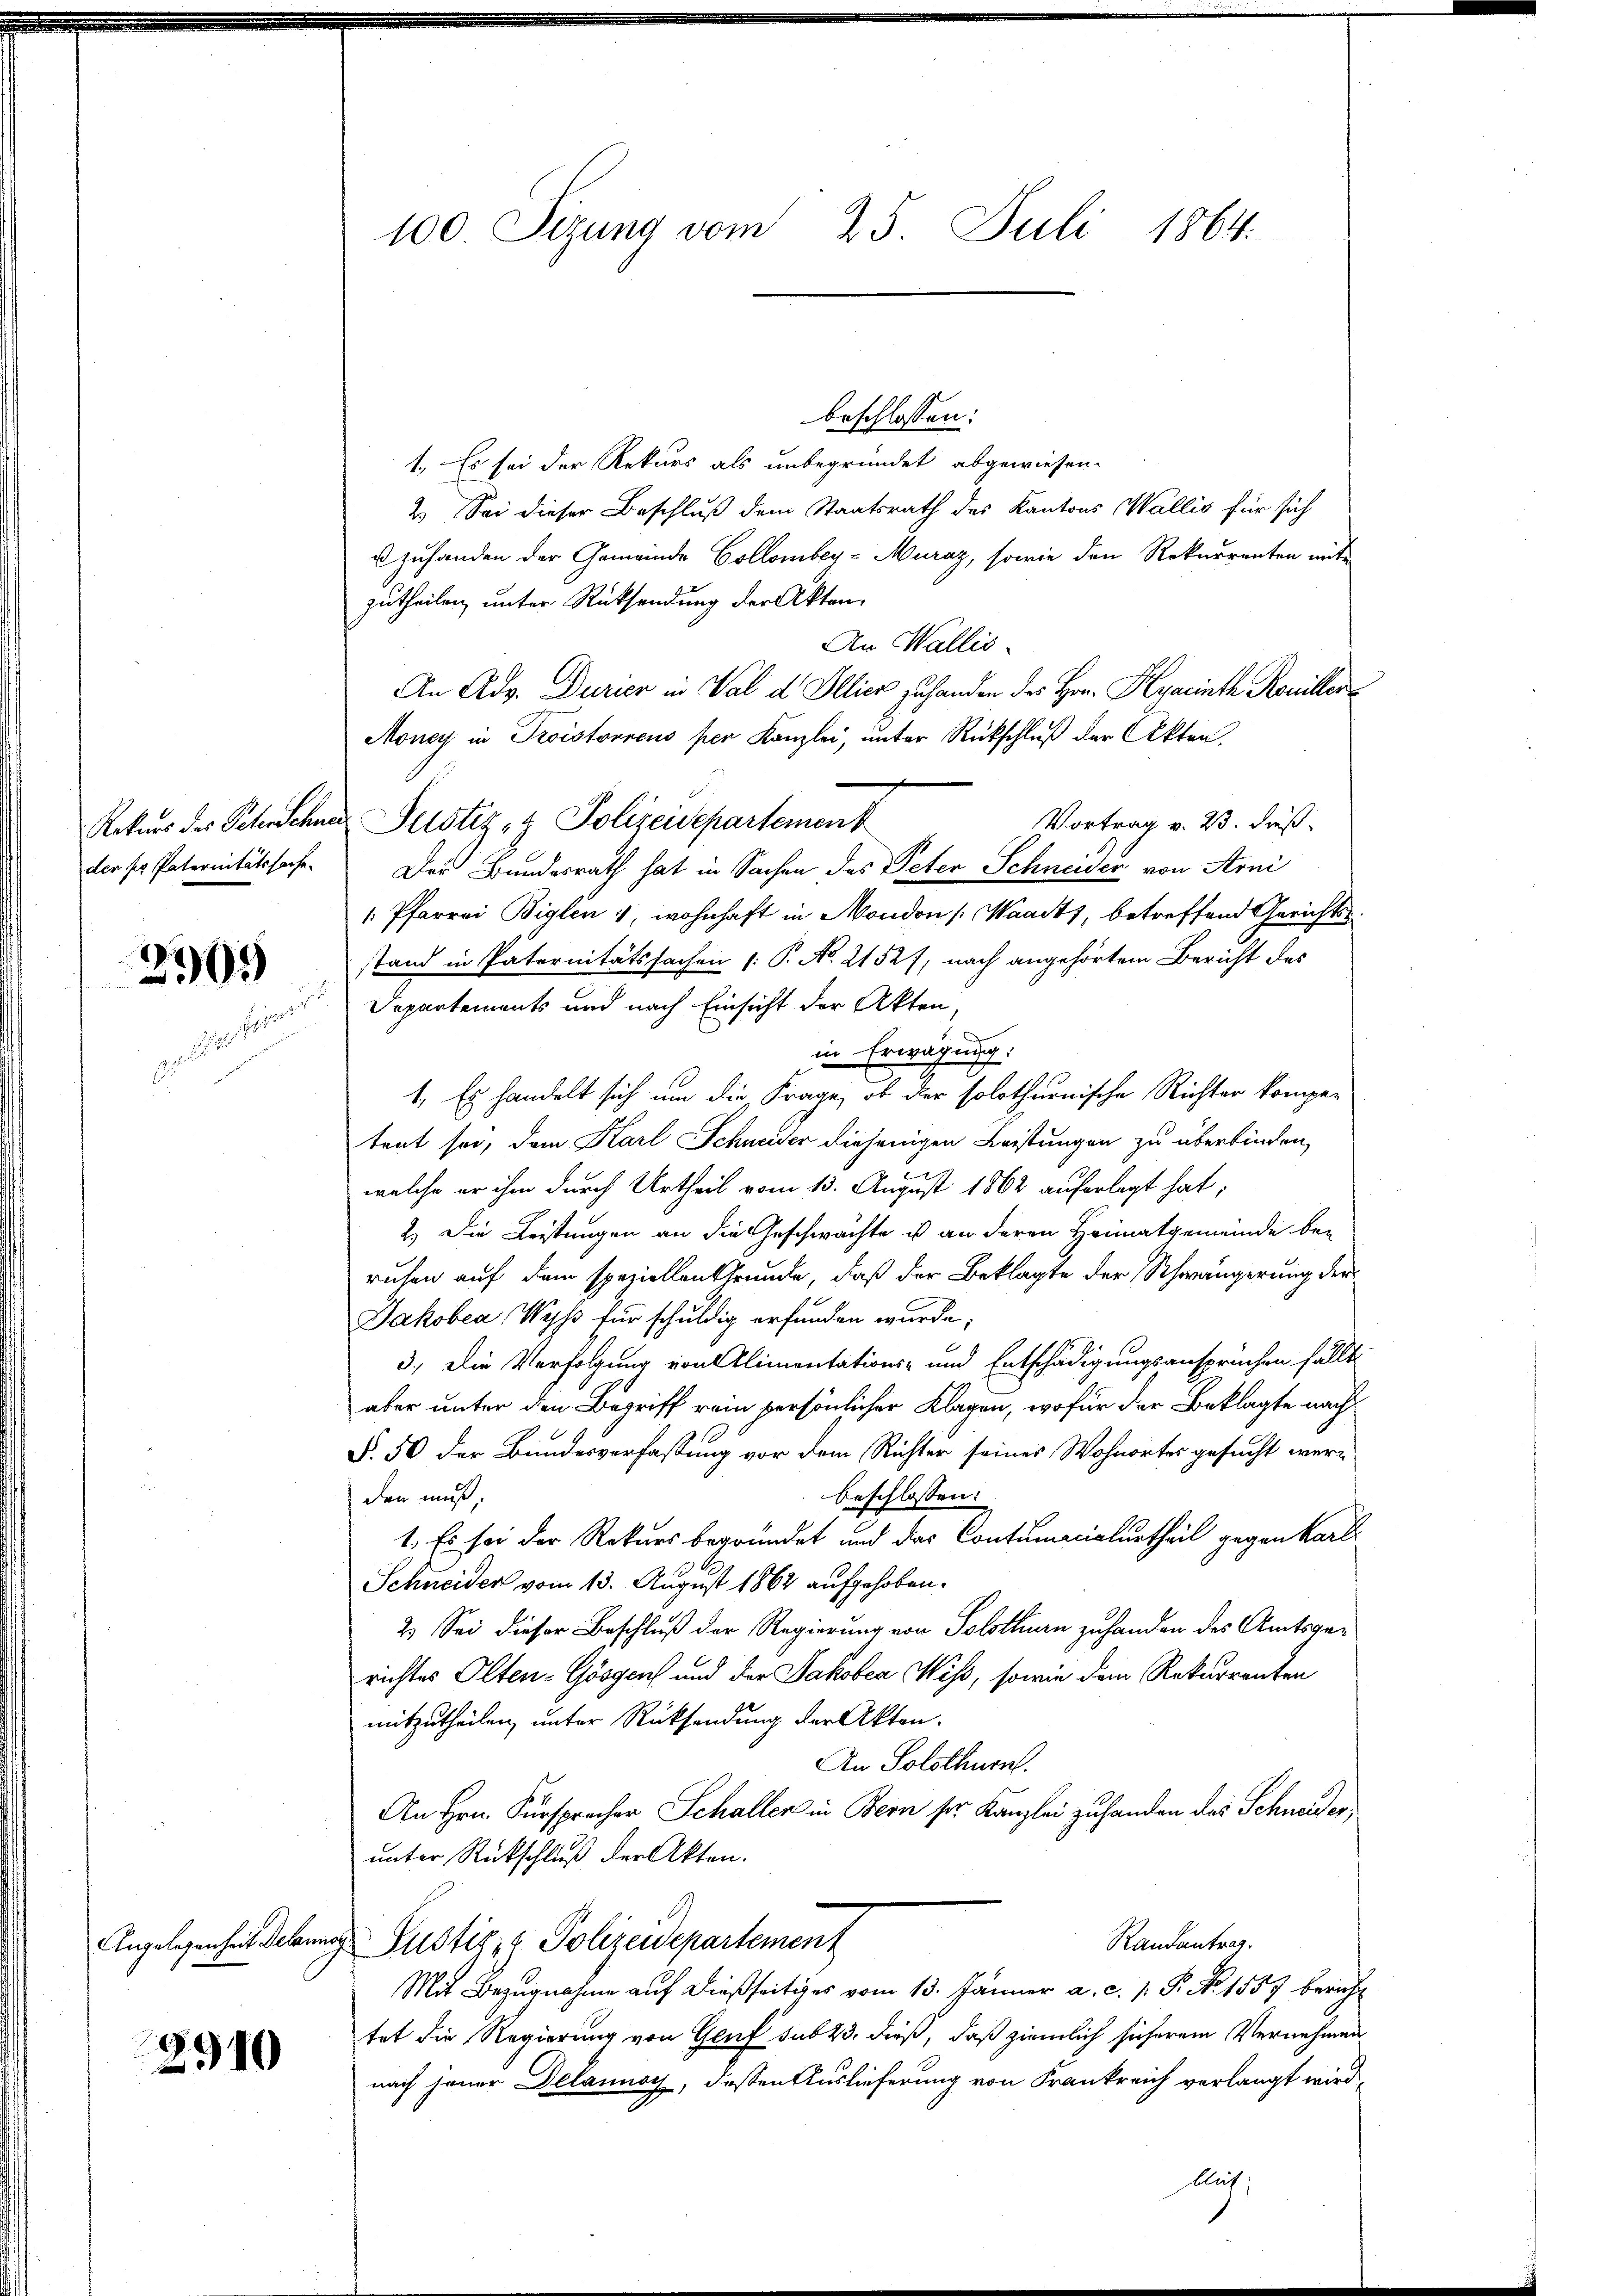
der ser Paternitätssache.

2
05

unter

2910

100 Sizung vom 25. Juli 1864.

beschlossen:
1. Es sei der Rekurs als unbegründet abgewiesen.
2.) Sei dieser Beschluß dem Staatsrath des Kantons Wallis für sich
u zuhanden der Gemeinde Collombey-Muraz, sowie den Rekurrenten mit
zutheilen, unter Rücksendung der Akten
An Wallis.
An Adg. Durier in Val d Illier zu handen des Hrn. Kyacinth Koniller
Money in Troistorrens per Kanzlei, unter Rückschluß der Akten.
Vortrag v. 23. dieß
Rekurs des Petenschnen Pustiz- & Polizeidepartement
Der Bundesrath hat in Sachen des Peter Schneider von Arni
 Pfarrei Bigle 4, wohnhaft in Mondon [Waadt, betreffend Gerichtsstand in Paternitätssachen (: P. No. 2152 f, nach angehörtem Bericht des
Departements und nach Einsicht der Akten,
in Erwägung:
1. Es handelt sich um die Frage, ob der solothurnische Richter kompetent sei, dem Karl Schneider diejenigen Leistungen zu überbinden,
welche er ihm durch Urtheil vom 13. August 1862 auferlegt hat;
2.) Die Leistungen an die Geschwachte ist an deren Heimatgemeinde be-
ruhen auf dem speziellen Grunde, daß der Beklagte der Schwängerung der
Jakobea Wyss für schuldig erfunden wurde;
3.) Die Verfolgung von Alimentations- und Entschädigungsansprüchen fällt,
aber unter den Begriff rein persönlicher Klagen, wofür der Beklagte nach
§. 50 der Bundesverfassung vor dem Richter seines Wohnortes gesucht werden muß
beschlossen:
1. Es sei der Rekurs begründet und das Contumacialurtheil gegen karli
Schneider vom 13. August 1862 aufgehoben.
2) Sei dieser Beschluß der Regierung von Solothurn zuhanden des Amtsgerichtes Olten-Gösgens und der Jakoben Wiß, sowie dem Rekurrenten
mitzutheilen, unter Rücksendung der Akten.
An Solothurn.
An Hrn. Fürspracher Schaller in Bern ser Kanzlei zuhanden das Schneiderunter Rückschluß der Akten.
Randantrag.
Angelegenheit Delung Justiz- & Polizeidepartement
Mit Bezugnahme auf dießseitiges vom 13. Jänner a. c. 1. P. No 1557 bericht
tet die Regierung von Genf sub 23. dieß, daß ziemlich sicherem Vernehmen
nach jener Delannoy, dessen Auslieferung von Frankreich verlangt wird,
blus